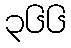
၃၆၆